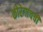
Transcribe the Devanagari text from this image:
कोरेगांवची